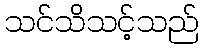
သင်သိသင့်သည်